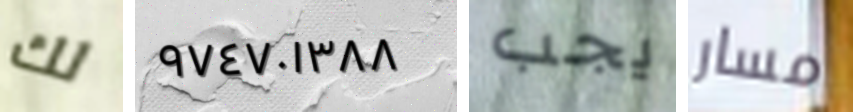
لك ٩٧٤٧٠١٣٨٨ يجب مسار